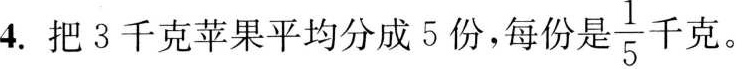
4.把3千克苹果平均分成5份，每份是 \frac{1}{5} 千克。